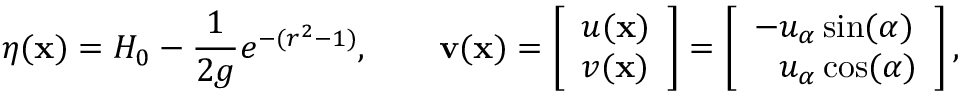
\eta ( \mathbf { x } ) = H _ { 0 } - \frac { 1 } { 2 g } e ^ { - ( r ^ { 2 } - 1 ) } , \qquad \mathbf { v } ( \mathbf { x } ) = \left[ \begin{array} { l } { u ( \mathbf { x } ) } \\ { v ( \mathbf { x } ) } \end{array} \right] = \left[ \begin{array} { l } { - u _ { \alpha } \sin ( \alpha ) } \\ { \phantom { - } u _ { \alpha } \cos ( \alpha ) } \end{array} \right] ,